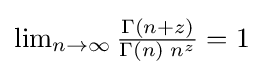
{\textstyle \lim _{n\to \infty }{\frac {\Gamma (n+z)}{\Gamma (n)\;n^{z}}}=1}